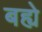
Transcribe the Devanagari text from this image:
बह्ये